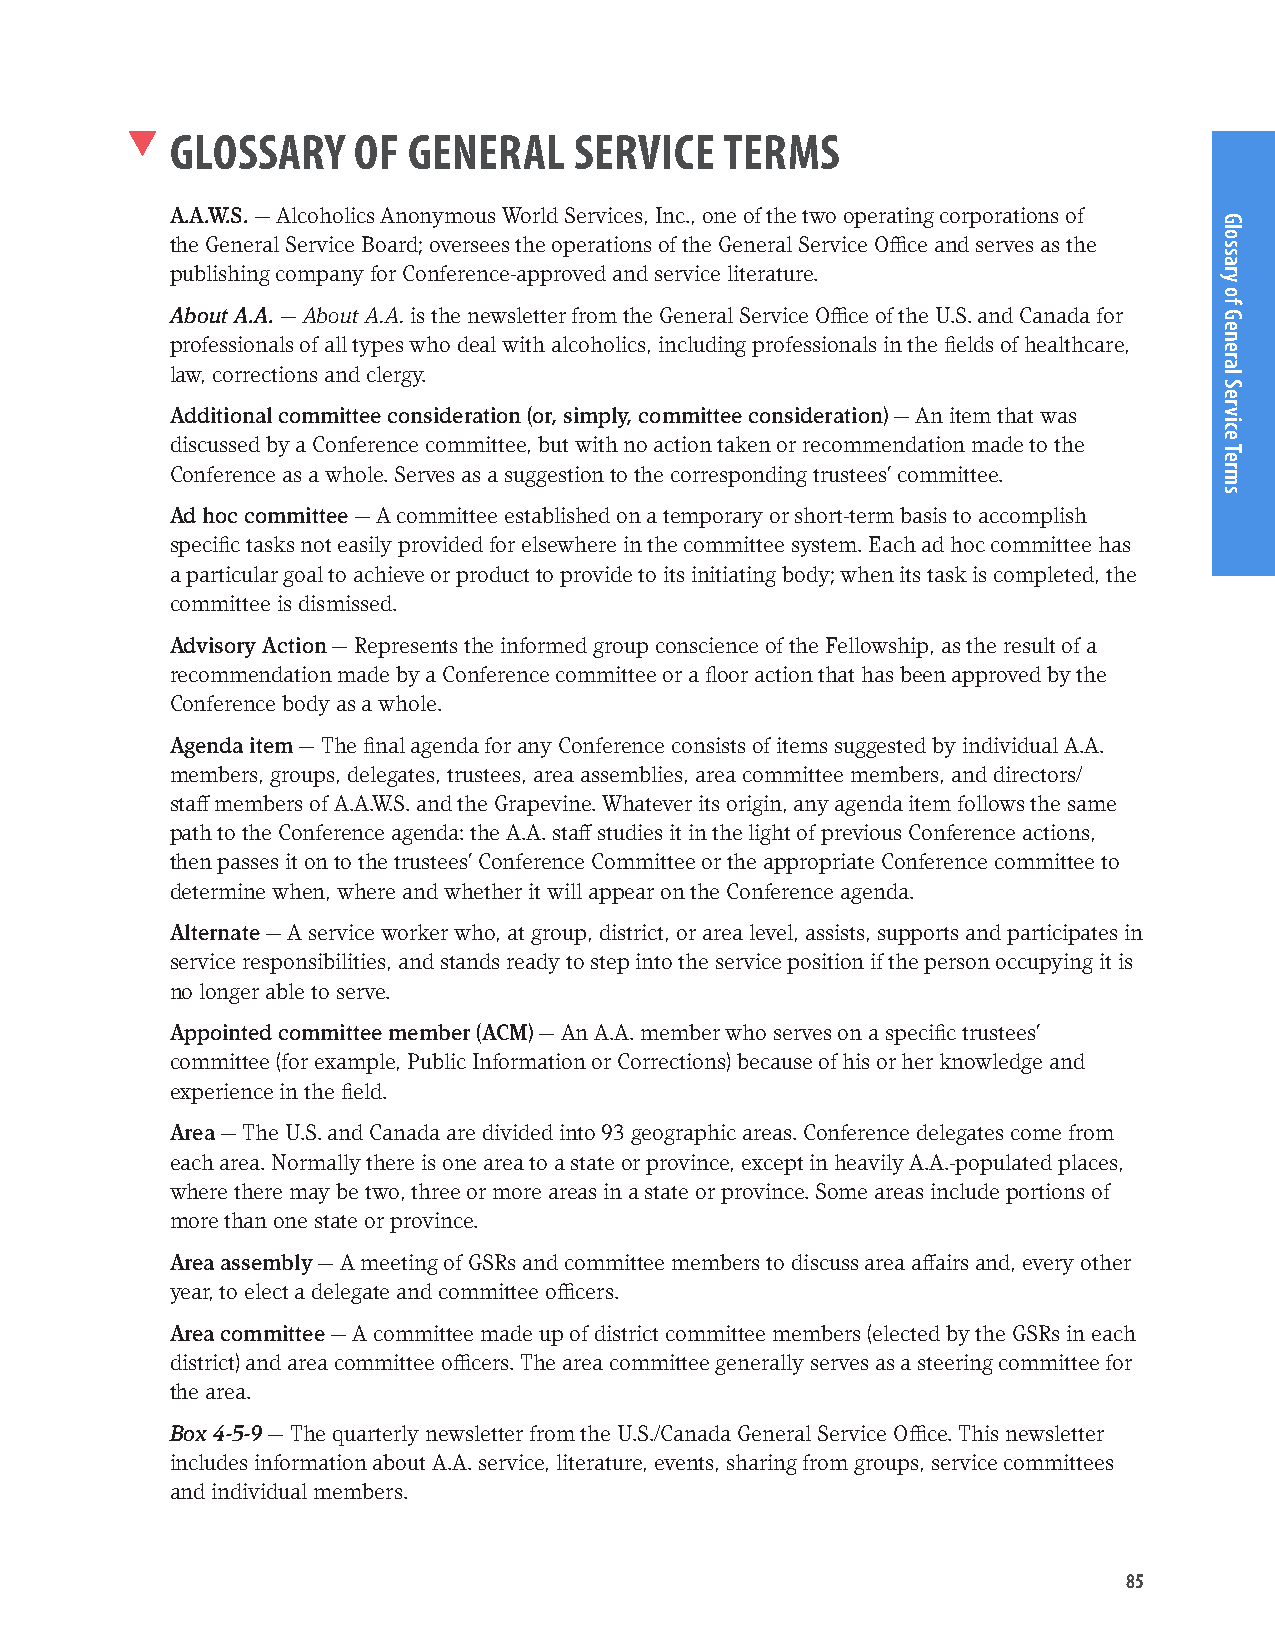
GLOSSARY    OF  GENERAL    SERVICE   TERMS
 A.A.W.S. — Alcoholics Anonymous World Services, Inc., one of the two operating corporations of
 the General Service Board; oversees the operations of the General Service Office and serves as the
 publishing company for Conference-approved and service literature.
 About A.A. — About A.A. is the newsletter from the General Service Office of the U.S. and Canada for
 professionals of all types who deal with alcoholics, including professionals in the fields of healthcare,
 law, corrections and clergy.
 Additional committee consideration (or, simply, committee consideration) — An item that was
 discussed by a Conference committee, but with no action taken or recommendation made to the
 Conference as a whole. Serves as a suggestion to the corresponding trustees’ committee.
 Ad hoc committee — A committee established on a temporary or short-term basis to accomplish
 specific tasks not easily provided for elsewhere in the committee system. Each ad hoc committee has
 a particular goal to achieve or product to provide to its initiating body; when its task is completed, the
 committee is dismissed.
 Advisory Action — Represents the informed group conscience of the Fellowship, as the result of a
 recommendation made by a Conference committee or a floor action that has been approved by the
 Conference body as a whole.
 Agenda item — The final agenda for any Conference consists of items suggested by individual A.A.
 members, groups, delegates, trustees, area assemblies, area committee members, and directors/
 staff members of A.A.W.S. and the Grapevine. Whatever its origin, any agenda item follows the same
 path to the Conference agenda: the A.A. staff studies it in the light of previous Conference actions,
 then passes it on to the trustees’ Conference Committee or the appropriate Conference committee to
 determine when, where and whether it will appear on the Conference agenda.
 Alternate — A service worker who, at group, district, or area level, assists, supports and participates in
 service responsibilities, and stands ready to step into the service position if the person occupying it is
 no longer able to serve.
 Appointed committee member (ACM) — An A.A. member who serves on a specific trustees’
 committee (for example, Public Information or Corrections) because of his or her knowledge and
 experience in the field.
 Area — The U.S. and Canada are divided into 93 geographic areas. Conference delegates come from
 each area. Normally there is one area to a state or province, except in heavily A.A.-populated places,
 where there may be two, three or more areas in a state or province. Some areas include portions of
 more than one state or province.
 Area assembly — A meeting of GSRs and committee members to discuss area affairs and, every other
 year, to elect a delegate and committee officers.
 Area committee — A committee made up of district committee members (elected by the GSRs in each
 district) and area committee officers. The area committee generally serves as a steering committee for
 the area.
 Box 4-5-9 — The quarterly newsletter from the U.S./Canada General Service Office. This newsletter
 includes information about A.A. service, literature, events, sharing from groups, service committees
 and individual members.
 85
 Glossary
 of
 General
 Service
 Terms